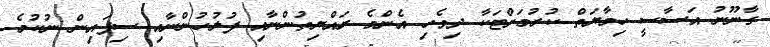
ގާނޫނު އަސާސީ ހިމާޔަތް ކުރުމަށްޓަކާ ދިވެހި އެންމެ ރައްޔިތުންނާއި ފުލުހުންނާއި ސިފައިން ނުކުމެ